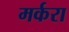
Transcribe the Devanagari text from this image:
मर्करा